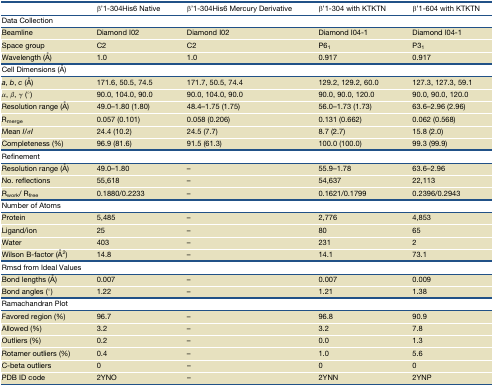
<table><thead><tr><td></td><td><b>β&#x27;1-304His6 Native</b></td><td><b>β&#x27;1-304His6 Mercury Derivative</b></td><td><b>β&#x27;1-304 with KTKTN</b></td><td><b>β&#x27;1-604 with KTKTN</b></td></tr></thead><tbody><tr><td colspan="5"><b>Data Collection</b></td></tr><tr><td>Beamline</td><td>Diamond I02</td><td>Diamond I02</td><td>Diamond I04-1</td><td>Diamond I04-1</td></tr><tr><td>Space group</td><td>C2</td><td>C2</td><td>P6<sub>1</sub></td><td>P3<sub>1</sub></td></tr><tr><td>Wavelength (Å)</td><td>1.0</td><td>1.0</td><td>0.917</td><td>0.917</td></tr><tr><td colspan="5"><b>Cell Dimensions (Å)</b></td></tr><tr><td><i>a</i>, <i>b</i>, <i>c</i> (Å)</td><td>171.6, 50.5, 74.5</td><td>171.7, 50.5, 74.4</td><td>129.2, 129.2, 60.0</td><td>127.3, 127.3, 59.1</td></tr><tr><td><i>α</i>, <i>β</i>, <i>γ</i> (°)</td><td>90.0, 104.0, 90.0</td><td>90.0, 104.0, 90.0</td><td>90.0, 90.0, 120.0</td><td>90.0, 90.0, 120.0</td></tr><tr><td>Resolution range (Å)</td><td>49.0–1.80 (1.80)</td><td>48.4–1.75 (1.75)</td><td>56.0–1.73 (1.73)</td><td>63.6–2.96 (2.96)</td></tr><tr><td>R<sub>merge</sub></td><td>0.057 (0.101)</td><td>0.058 (0.206)</td><td>0.131 (0.662)</td><td>0.062 (0.568)</td></tr><tr><td>Mean <i>I</i>/<i>σI</i></td><td>24.4 (10.2)</td><td>24.5 (7.7)</td><td>8.7 (2.7)</td><td>15.8 (2.0)</td></tr><tr><td>Completeness (%)</td><td>96.9 (81.6)</td><td>91.5 (61.3)</td><td>100.0 (100.0)</td><td>99.3 (99.9)</td></tr><tr><td colspan="5"><b>Refinement</b></td></tr><tr><td>Resolution range (Å)</td><td>49.0–1.80</td><td>–</td><td>55.9–1.78</td><td>63.6–2.96</td></tr><tr><td>No. reflections</td><td>55,618</td><td>–</td><td>54,637</td><td>22,113</td></tr><tr><td>R<sub>work</sub>/ R<sub>free</sub></td><td>0.1880/0.2233</td><td>–</td><td>0.1621/0.1799</td><td>0.2396/0.2943</td></tr><tr><td colspan="5"><b>Number of Atoms</b></td></tr><tr><td>Protein</td><td>5,485</td><td>–</td><td>2,776</td><td>4,853</td></tr><tr><td>Ligand/ion</td><td>25</td><td>–</td><td>80</td><td>65</td></tr><tr><td>Water</td><td>403</td><td>–</td><td>231</td><td>2</td></tr><tr><td>Wilson B-factor (Å<sup>2</sup>)</td><td>14.8</td><td>–</td><td>14.1</td><td>73.1</td></tr><tr><td colspan="5"><b>Rmsd from Ideal Values</b></td></tr><tr><td>Bond lengths (Å)</td><td>0.007</td><td>–</td><td>0.007</td><td>0.009</td></tr><tr><td>Bond angles (°)</td><td>1.22</td><td>–</td><td>1.21</td><td>1.38</td></tr><tr><td colspan="5"><b>Ramachandran Plot</b></td></tr><tr><td>Favored region (%)</td><td>96.7</td><td>–</td><td>96.8</td><td>90.9</td></tr><tr><td>Allowed (%)</td><td>3.2</td><td>–</td><td>3.2</td><td>7.8</td></tr><tr><td>Outliers (%)</td><td>0.2</td><td>–</td><td>0.0</td><td>1.3</td></tr><tr><td>Rotamer outliers (%)</td><td>0.4</td><td>–</td><td>1.0</td><td>5.6</td></tr><tr><td>C-beta outliers</td><td>0</td><td>–</td><td>0</td><td>0</td></tr><tr><td>PDB ID code</td><td>2YNO</td><td>–</td><td>2YNN</td><td>2YNP</td></tr></tbody></table>